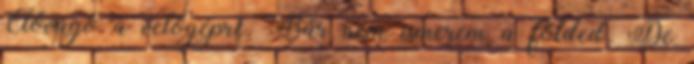
Elővágó a vetőgépre. Bár nem ismerem a földed. De